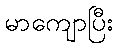
မာကျောပြီး